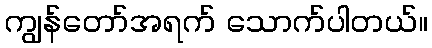
ကျွန်တော်အရက် သောက်ပါတယ်။